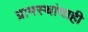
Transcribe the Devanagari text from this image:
ग्रामस्थांचाही